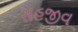
સહજીવ